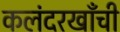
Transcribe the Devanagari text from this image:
कलंदरखाँची